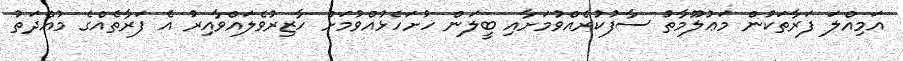
އަމިއްލަ ފަރާތަކުން މަޢުލޫމާތު ސާފުކުރެއްވުމަށާއި ބީލަން ހުށަހެޅުއްވުމަށް ހާޒިރުވެލައްވާއިރު އެ ފަރާތެއްގެ މުއްދަތު